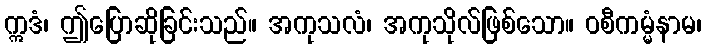
ဣဒံ၊ ဤပြောဆိုခြင်းသည်။ အကုသလံ၊ အကုသိုလ်ဖြစ်သော။ ဝစီကမ္မံနာမ၊